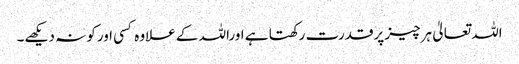
اللہ تعالیٰ ہرچیز پرقدرت رکھتا ہے اوراللہ کے علاوہ کسی اورکو نہ دیکھے۔